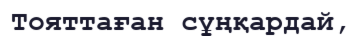
Тояттаған сұңқардай,